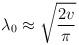
LaTeX: \begin{align*}\lambda_{0} \approx \sqrt{\frac{2v}{\pi} }\end{align*}